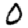
Digit: 0